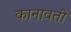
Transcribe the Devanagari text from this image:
कानावती